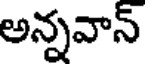
అన్నవాన్